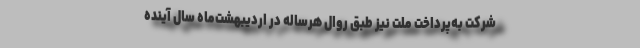
شرکت به‌پرداخت‌ ملت نیز طبق روال هرساله در اردیبهشت‌ماه سال آینده